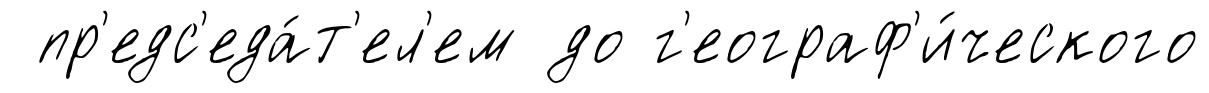
пр'едс'еда́т'ел'ем до г'еограф'и́ческого